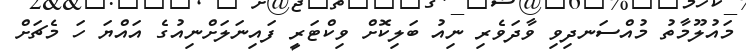
މައުލޫމާތު މުއްސަނދިވި ވާދަވެރި ނިއު ބަލިކޮށް ވިކްޓަރީ ފައިނަލަށްނިއުގެ އައްޔަ ހަ މެޗަށް